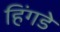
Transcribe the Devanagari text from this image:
हिंगडे